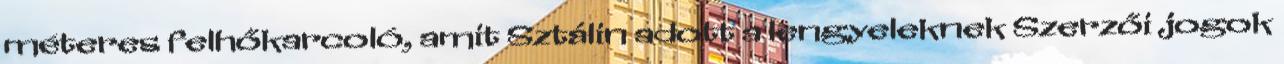
méteres felhőkarcoló, amit Sztálin adott a lengyeleknek Szerzői jogok